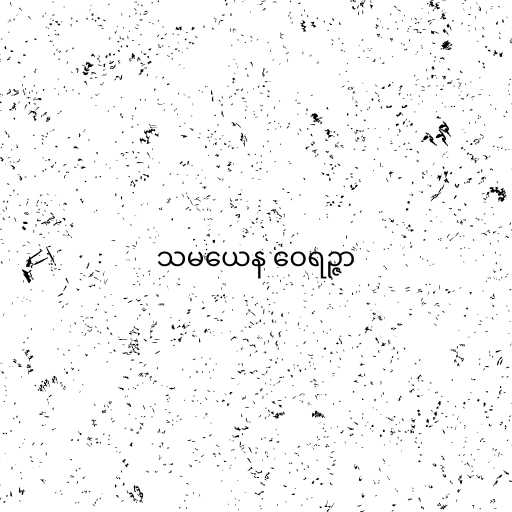
သမယေန ဝေရဉ္ဇာ